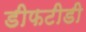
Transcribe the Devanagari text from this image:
डीफटीडी